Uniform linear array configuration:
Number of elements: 8
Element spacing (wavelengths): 1
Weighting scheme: exponential
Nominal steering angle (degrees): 60
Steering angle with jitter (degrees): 61.335
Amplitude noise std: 0.05
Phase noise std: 0.05

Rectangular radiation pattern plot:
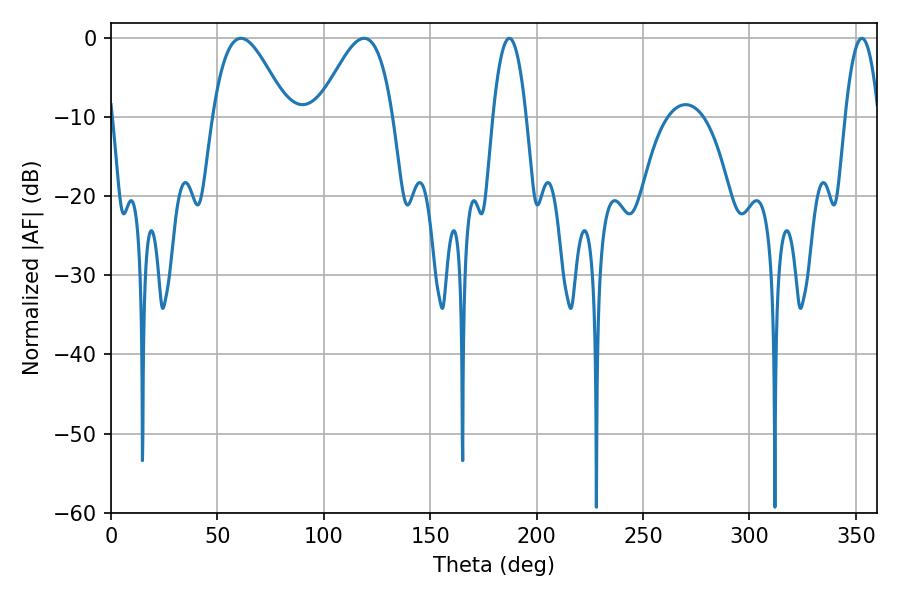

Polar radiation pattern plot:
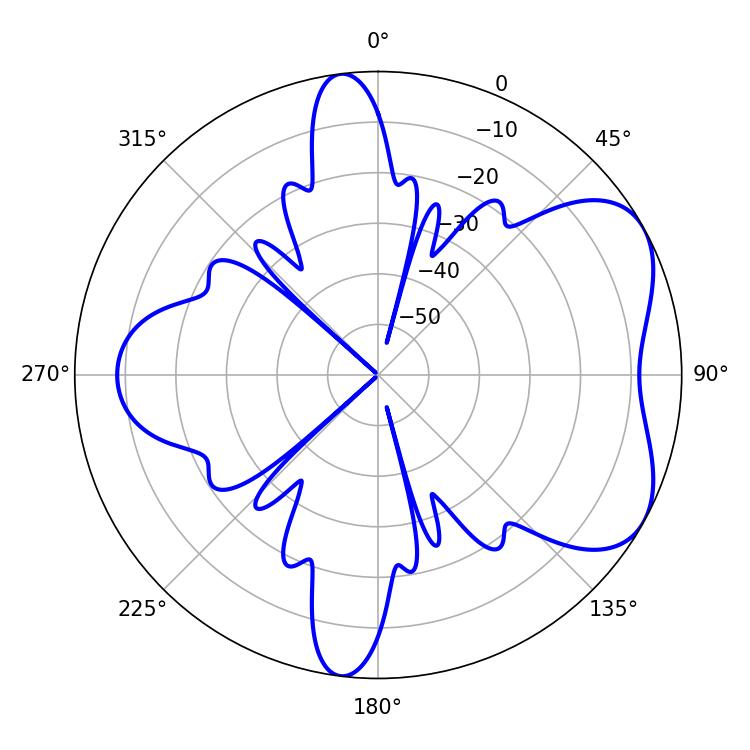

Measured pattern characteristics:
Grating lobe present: TRUE
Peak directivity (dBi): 5.496
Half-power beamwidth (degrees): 18.9
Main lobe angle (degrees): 61.02